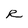
Character: R